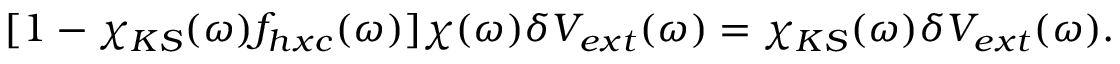
[ 1 - \chi _ { K S } ( \omega ) f _ { h x c } ( \omega ) ] \chi ( \omega ) \delta V _ { e x t } ( \omega ) = \chi _ { K S } ( \omega ) \delta V _ { e x t } ( \omega ) .